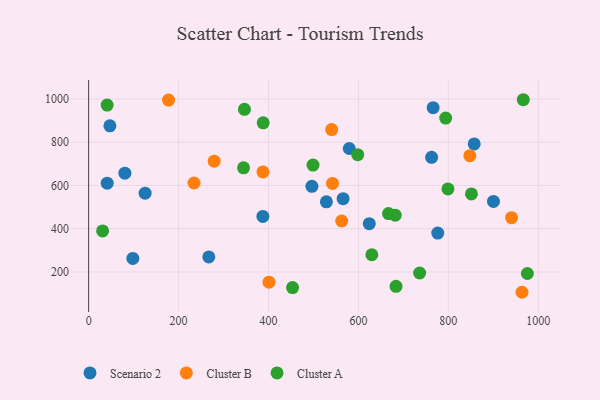
{"axis": {"x": "Distance", "y": "Profit"}, "legend": ["Cluster A", "Cluster B", "Scenario 2"], "data": [{"x": "47.3", "y": 876.2, "type": "Scenario 2"}, {"x": "387.5", "y": 457.2, "type": "Scenario 2"}, {"x": "766.1", "y": 960.1, "type": "Scenario 2"}, {"x": "900.3", "y": 526.2, "type": "Scenario 2"}, {"x": "528.8", "y": 524.7, "type": "Scenario 2"}, {"x": "762.7", "y": 730.2, "type": "Scenario 2"}, {"x": "565.9", "y": 539.3, "type": "Scenario 2"}, {"x": "98.3", "y": 262.8, "type": "Scenario 2"}, {"x": "125.6", "y": 564.5, "type": "Scenario 2"}, {"x": "624.1", "y": 423.5, "type": "Scenario 2"}, {"x": "496.5", "y": 596.2, "type": "Scenario 2"}, {"x": "80.6", "y": 657.2, "type": "Scenario 2"}, {"x": "579.6", "y": 771.2, "type": "Scenario 2"}, {"x": "776.4", "y": 379.9, "type": "Scenario 2"}, {"x": "857.4", "y": 792.3, "type": "Scenario 2"}, {"x": "267.2", "y": 269.7, "type": "Scenario 2"}, {"x": "41.3", "y": 611.0, "type": "Scenario 2"}, {"x": "401.1", "y": 153.2, "type": "Cluster B"}, {"x": "940.5", "y": 451.2, "type": "Cluster B"}, {"x": "963.8", "y": 106.3, "type": "Cluster B"}, {"x": "847.8", "y": 738.2, "type": "Cluster B"}, {"x": "562.8", "y": 435.9, "type": "Cluster B"}, {"x": "387.6", "y": 663.0, "type": "Cluster B"}, {"x": "177.8", "y": 994.9, "type": "Cluster B"}, {"x": "540.5", "y": 858.7, "type": "Cluster B"}, {"x": "234.4", "y": 611.6, "type": "Cluster B"}, {"x": "279.2", "y": 712.6, "type": "Cluster B"}, {"x": "542.3", "y": 609.5, "type": "Cluster B"}, {"x": "975.7", "y": 193.2, "type": "Cluster A"}, {"x": "31.1", "y": 390.2, "type": "Cluster A"}, {"x": "453.5", "y": 128.0, "type": "Cluster A"}, {"x": "681.8", "y": 462.9, "type": "Cluster A"}, {"x": "598.4", "y": 742.5, "type": "Cluster A"}, {"x": "966.6", "y": 996.7, "type": "Cluster A"}, {"x": "683.6", "y": 134.0, "type": "Cluster A"}, {"x": "499.0", "y": 694.3, "type": "Cluster A"}, {"x": "344.5", "y": 681.6, "type": "Cluster A"}, {"x": "629.8", "y": 279.9, "type": "Cluster A"}, {"x": "851.3", "y": 561.2, "type": "Cluster A"}, {"x": "666.9", "y": 470.0, "type": "Cluster A"}, {"x": "736.1", "y": 195.5, "type": "Cluster A"}, {"x": "799.1", "y": 584.1, "type": "Cluster A"}, {"x": "388.2", "y": 889.7, "type": "Cluster A"}, {"x": "41.1", "y": 971.9, "type": "Cluster A"}, {"x": "794.0", "y": 911.8, "type": "Cluster A"}, {"x": "346.5", "y": 952.1, "type": "Cluster A"}]}